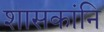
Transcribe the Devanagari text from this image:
शासकांनि